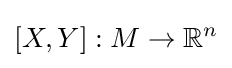
[X,Y]:M\to \mathbb {R} ^{n}